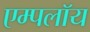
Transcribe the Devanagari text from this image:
एम्पलॉय